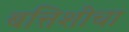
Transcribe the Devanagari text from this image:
बत्तिशीचा